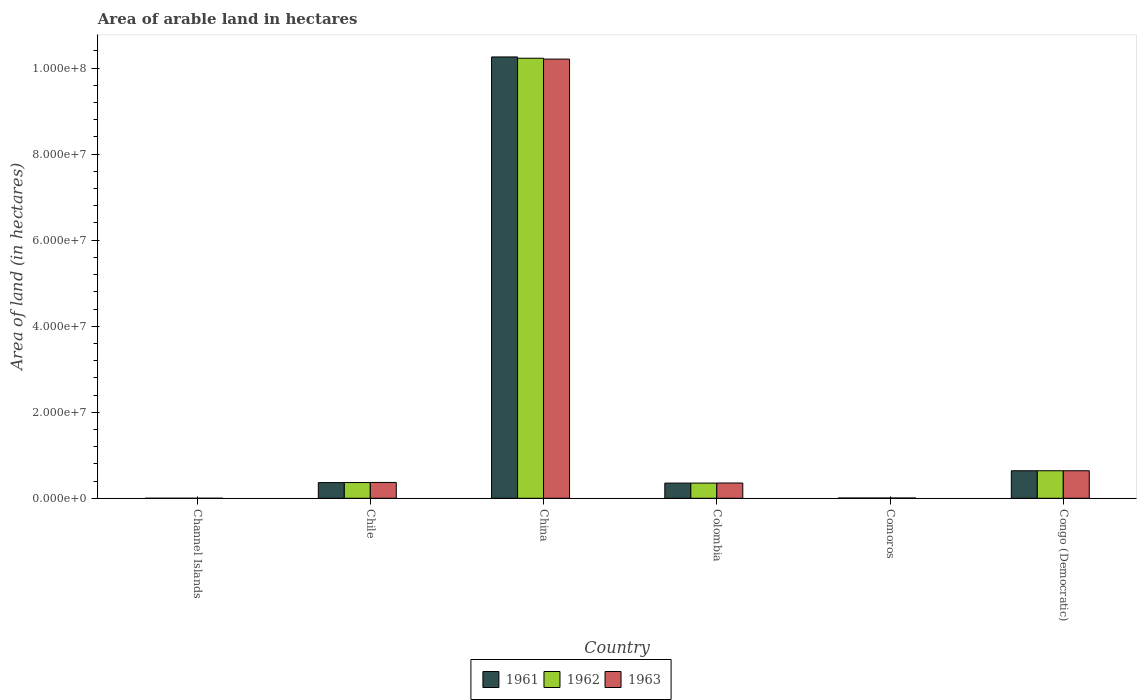
| Country | 1961 | 1962 | 1963 |
 | --- | --- | --- | --- |
 | Channel Islands | 4e+03 | 4e+03 | 4e+03 |
 | Chile | 3.64e+06 | 3.66e+06 | 3.68e+06 |
 | China | 1.03e+08 | 1.02e+08 | 1.02e+08 |
 | Colombia | 3.53e+06 | 3.53e+06 | 3.55e+06 |
 | Comoros | 6.5e+04 | 6.5e+04 | 6.5e+04 |
 | Congo (Democratic) | 6.4e+06 | 6.4e+06 | 6.4e+06 |